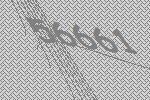
56661